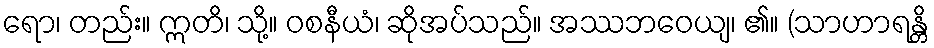
ရော၊ တည်း။ ဣတိ၊ သို့။ ဝစနီယံ၊ ဆိုအပ်သည်။ အဿဘဝေယျ၊ ၏။ (သာဟာရန္တိ